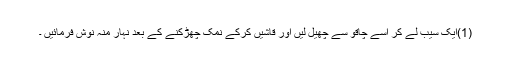
(1)ایک سیب لے کر اسے چاقو سے چھیل لیں اور قاشیں کرکے نمک چھڑکنے کے بعد نہار منہ نوش فرمائیں ۔